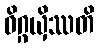
ဝိဂ္ဂယှိဿတိ